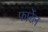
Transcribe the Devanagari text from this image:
फार्रेल